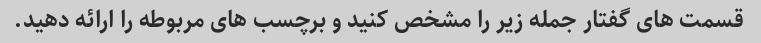
قسمت های گفتار جمله زیر را مشخص کنید و برچسب های مربوطه را ارائه دهید.